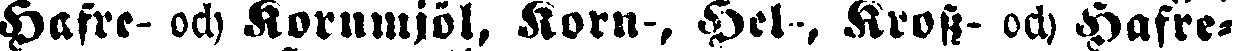
Hafre- och Kornmjöl, Korn-, Hel-, Kross- och Hafre-